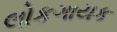
લોકગાયક